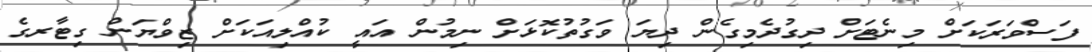
ފަސްވަރަކަށް މިނެޓަށް ދިގުދެމިގެން ދިޔަ ވަގުތުކޮޅަށް ނިމުން އައީ ކުއްލިއަކަށް ޒިވްޔަން ގިޓާރގެ